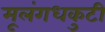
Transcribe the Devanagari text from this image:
मूलंगधकुटी